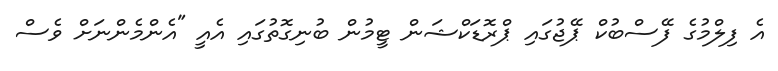
އެ ފިލްމުގެ ފޭސްބުކް ޕޭޖުގައި ޕްރޮޑަކްޝަން ޓީމުން ބުނިގޮތުގައި އެއީ "އެންމެންނަށް ވެސް